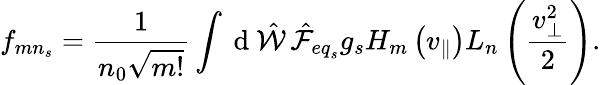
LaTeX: f_{{mn}_{s}}=\frac{1}{n_{0}\sqrt{m!}}\int\mathrm{~d~}\hat{\mathcal{W}}\, \hat{\mathcal{F}}_{{eq}_{s}}g_{s}H_{m}\left(v_{\parallel}\right)L_{n}\left(\frac{v_{\perp}^{2}}{2}\right).